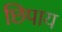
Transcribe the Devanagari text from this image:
छिपाय